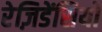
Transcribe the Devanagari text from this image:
रेज़िडेंसियों